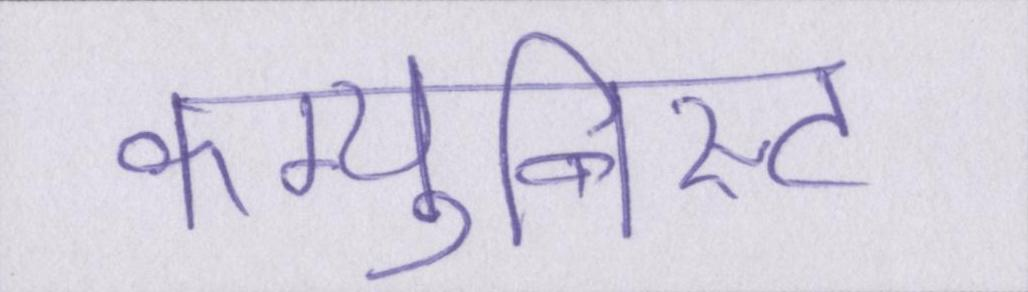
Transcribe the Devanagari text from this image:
कम्युनिस्ट